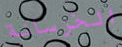
الخرسانة